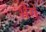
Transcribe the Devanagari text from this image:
भेगे